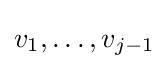
v_{1},\dots ,v_{j-1}